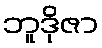
ဘူဒိုဇာ